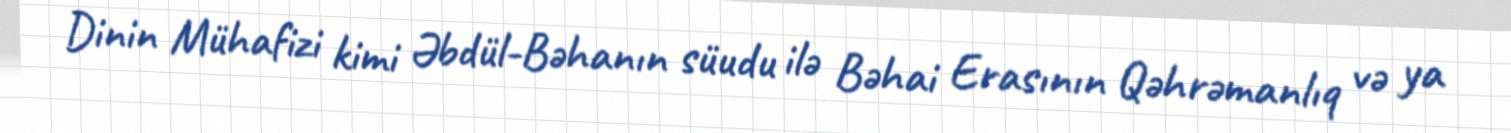
Dinin Mühafizi kimi Əbdül-Bəhanın süudu ilə Bəhai Erasının Qəhrəmanlıq və ya